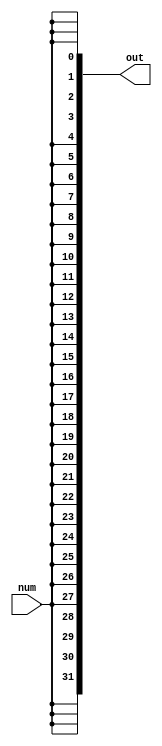
module sign_extend(out,num);

input num;
output reg[31:0] out;


always @(*)begin
	out <= $signed(num);
end

endmodule


/*
`timescale 1ns/1ns
module fms_behav_tb;
	reg num;
	wire [31:0]out;
	sign_extend mod(num,out);

	initial begin
		num = 1;
			$display("time\tnum\tout"); $monitor("%2d:\t%b\t%b",$time,num,out);
		#2 $finish;
	end
	always #1 num = ~num;

endmodule */